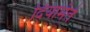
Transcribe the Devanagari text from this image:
दियामंते